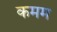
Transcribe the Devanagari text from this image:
कमम